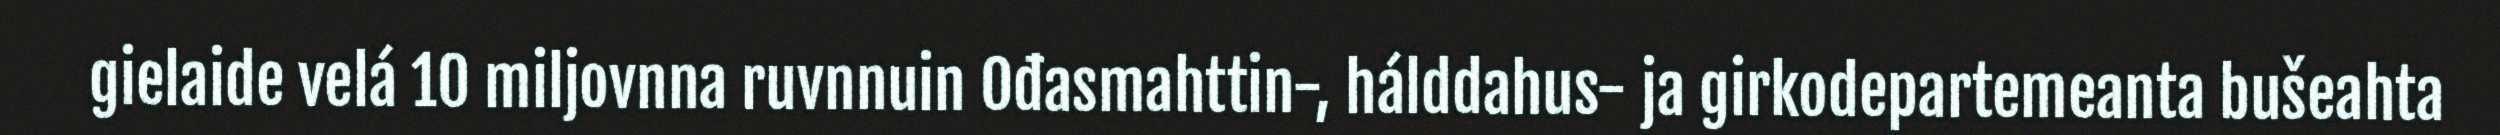
gielaide velá 10 miljovnna ruvnnuin Ođasmahttin-, hálddahus- ja girkodepartemeanta bušeahta